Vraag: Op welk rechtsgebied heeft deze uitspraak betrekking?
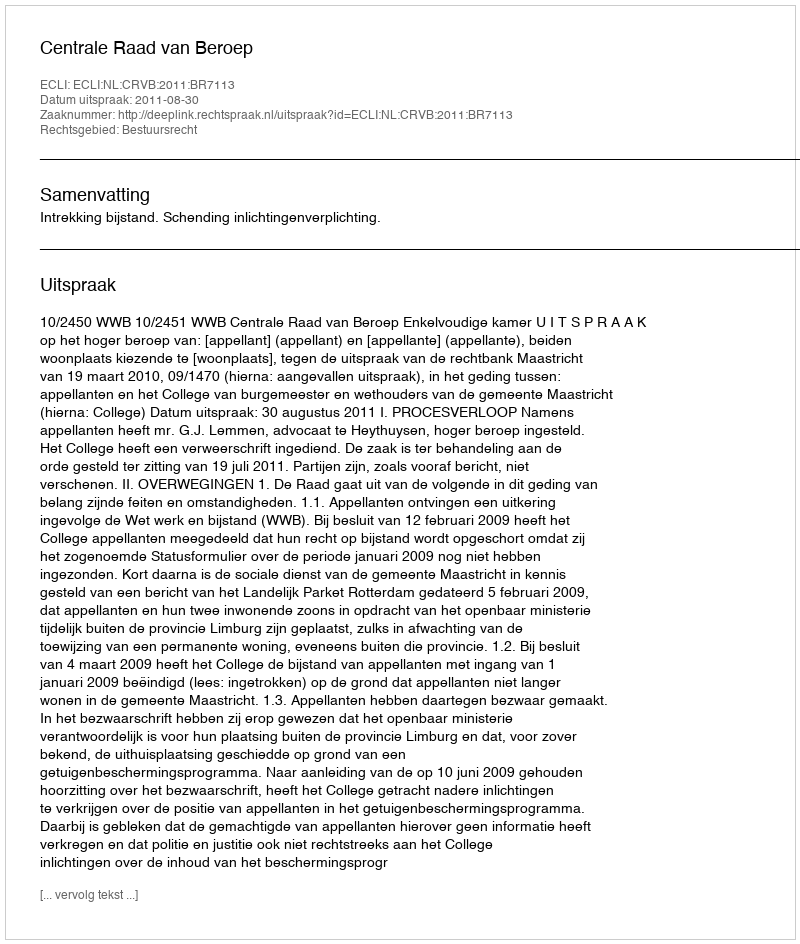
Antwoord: Bestuursrecht